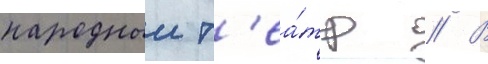
народныи т'еа́тр // В